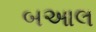
બઆલ